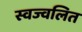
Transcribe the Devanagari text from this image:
स्वज्वलित